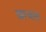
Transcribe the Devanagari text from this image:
छाचल